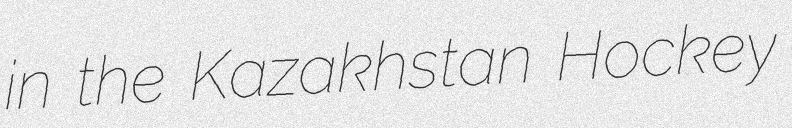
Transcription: in the Kazakhstan Hockey